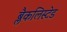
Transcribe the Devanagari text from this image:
ब्लैकलिस्टेड